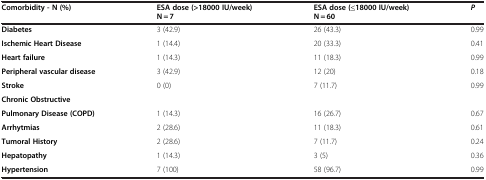
| Comorbidity - N (%) | ESA dose (>18000 IU/week) N = 7 | ESA dose (≤18000 IU/week) N = 60 | P |
 | --- | --- | --- | --- |
 | Diabetes | 3 (42.9) | 26 (43.3) | 0.99 |
 | Ischemic Heart Disease | 1 (14.4) | 20 (33.3) | 0.41 |
 | Heart failure | 1 (14.3) | 11 (18.3) | 0.99 |
 | Peripheral vascular disease | 3 (42.9) | 12 (20) | 0.18 |
 | Stroke | 0 (0) | 7 (11.7) | 0.99 |
 | Chronic Obstructive |  |  |  |
 | Pulmonary Disease (COPD) | 1 (14.3) | 16 (26.7) | 0.67 |
 | Arrhytmias | 2 (28.6) | 11 (18.3) | 0.61 |
 | Tumoral History | 2 (28.6) | 7 (11.7) | 0.24 |
 | Hepatopathy | 1 (14.3) | 3 (5) | 0.36 |
 | Hypertension | 7 (100) | 58 (96.7) | 0.99 |